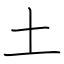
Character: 土